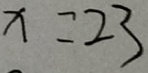
x = 2 3